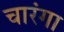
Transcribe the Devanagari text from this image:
चारंगा